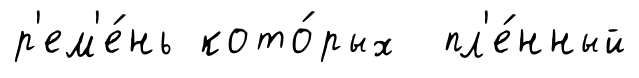
р'ем'е́нь кото́рых пл'е́нный